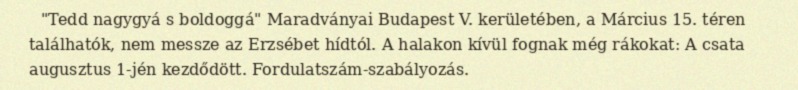
"Tedd nagygyá s boldoggá" Maradványai Budapest V. kerületében, a Március 15. téren találhatók, nem messze az Erzsébet hídtól. A halakon kívül fognak még rákokat: A csata augusztus 1-jén kezdődött. Fordulatszám-szabályozás.